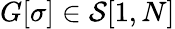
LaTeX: G[{\sigma}]\in\mathcal{S}[1,{N}]